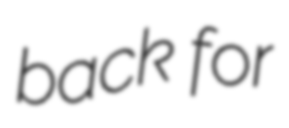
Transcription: back for